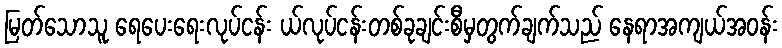
မြတ်သောသူ ရေပေးရေးလုပ်ငန်း ယ်လုပ်ငန်းတစ်ခုချင်းစီမှတွက်ချက်သည် နေရာအကျယ်အဝန်း